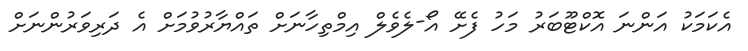
އެކަމަކު އަންނަ އޮކްޓޫބަރު މަހު ފެށޭ އޯ-ލެވެލް އިމްތިހާނަށް ތައްޔާރުވުމަށް އެ ދަރިވަރުންނަށް